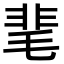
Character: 靟